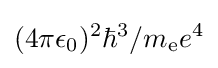
{(4\pi \epsilon _{0})^{2}\hbar ^{3}}/{m_{\text{e}}e^{4}}